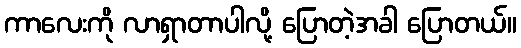
ကာလေးကို လာရှာတာပါလို့ ပြောတဲ့အခါ ပြောတယ်။